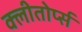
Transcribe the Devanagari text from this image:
क्लीतोर्प्स